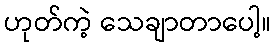
ဟုတ်ကဲ့ သေချာတာပေါ့။